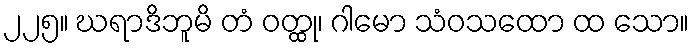
၂၂၅။ ဃရာဒိဘူမိ တံ ဝတ္ထု၊ ဂါမော သံဝသထော ထ သော။